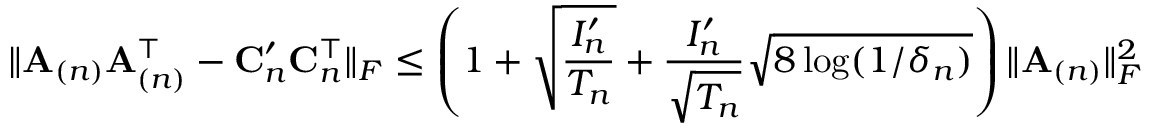
\| \mathbf { A } _ { ( n ) } \mathbf { A } _ { ( n ) } ^ { \top } - \mathbf { C } _ { n } ^ { \prime } \mathbf { C } _ { n } ^ { \top } \| _ { F } \leq \left( 1 + \sqrt { \frac { I _ { n } ^ { \prime } } { T _ { n } } } + \frac { I _ { n } ^ { \prime } } { \sqrt { T _ { n } } } \sqrt { 8 \log ( 1 / \delta _ { n } ) } \right) \| \mathbf { A } _ { ( n ) } \| _ { F } ^ { 2 }